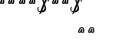
٣٩